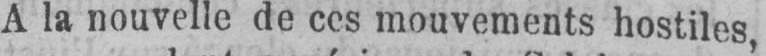
A la nouvelle de ces mouvements hostiles,